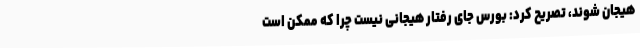
هیجان شوند، تصریح کرد: بورس جای رفتار هیجانی نیست چرا که ممکن است